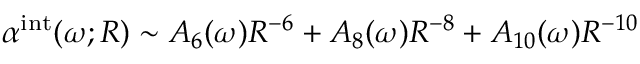
\alpha ^ { \mathrm { i n t } } ( \omega ; R ) \sim A _ { 6 } ( \omega ) R ^ { - 6 } + A _ { 8 } ( \omega ) R ^ { - 8 } + A _ { 1 0 } ( \omega ) R ^ { - 1 0 }